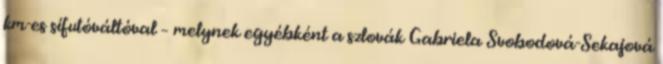
km-es sífutóváltóval – melynek egyébként a szlovák Gabriela Svobodová-Sekajová